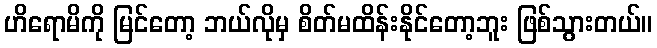
ဟိရောမိကို မြင်တော့ ဘယ်လိုမှ စိတ်မထိန်းနိုင်တော့ဘူး ဖြစ်သွားတယ်။